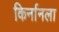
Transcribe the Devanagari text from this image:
किर्नानला